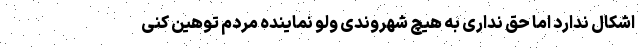
اشکال ندارد اما حق نداری به هیچ شهروندی ولو نماینده مردم توهین کنی